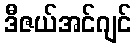
ဒီဇယ်အင်ဂျင်